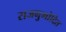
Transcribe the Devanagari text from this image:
राजनुमोदित